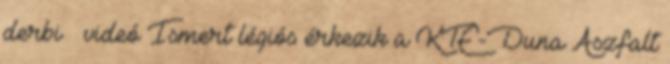
derbi – videó Ismert légiós érkezik a KTE-Duna Aszfalt